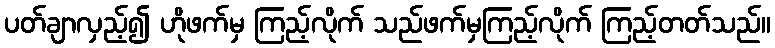
ပတ်ချာလှည့်၍ ဟိုဖက်မှ ကြည့်လိုက် သည်ဖက်မှကြည့်လိုက် ကြည့်တတ်သည်။